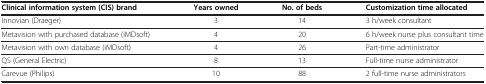
<table><thead><tr><td><b>Clinical information system (CIS) brand</b></td><td><b>Years owned</b></td><td><b>No. of beds</b></td><td><b>Customization time allocated</b></td></tr></thead><tbody><tr><td>Innovian (Draeger)</td><td>3</td><td>14</td><td>3 h/week consultant</td></tr><tr><td>Metavision with purchased database (iMDsoft)</td><td>4</td><td>20</td><td>6 h/week nurse plus consultant time</td></tr><tr><td>Metavision with own database (iMDsoft)</td><td>4</td><td>26</td><td>Part-time administrator</td></tr><tr><td>QS (General Electric)</td><td>8</td><td>13</td><td>Full-time nurse administrator</td></tr><tr><td>Carevue (Philips)</td><td>10</td><td>88</td><td>2 full-time nurse administrators</td></tr></tbody></table>